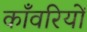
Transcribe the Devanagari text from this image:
काँवरियों